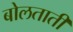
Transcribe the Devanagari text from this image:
बोलताती